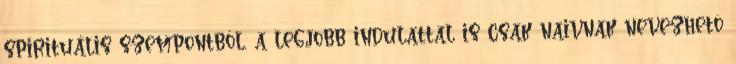
spirituális szempontból, a legjobb indulattal is csak naivnak nevezhetõ